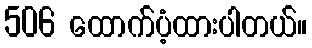
506 ထောက်ပံ့ထားပါတယ်။